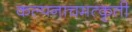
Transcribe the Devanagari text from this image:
कल्पनाचमत्कृती